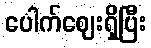
ပေါက်ဈေးရှိပြီး